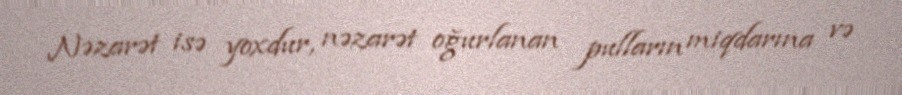
Nəzarət isə yoxdur, nəzarət oğurlanan pulların miqdarına və